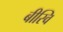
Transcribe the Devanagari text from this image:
बीस्वि